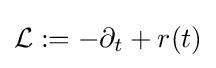
{\mathcal {L}}:=-\partial _{t}+r(t)